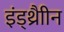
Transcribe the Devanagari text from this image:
इंड्थ्रैाीन